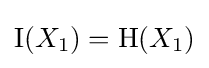
\operatorname {I} (X_{1})=\mathrm {H} (X_{1})